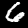
Digit: 6